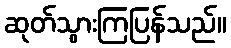
ဆုတ်သွားကြပြန်သည်။